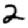
Digit: 2